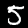
Digit: 5